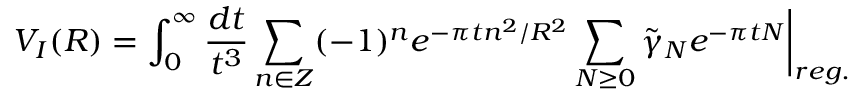
V _ { I } ( R ) = \int _ { 0 } ^ { \infty } \frac { d t } { t ^ { 3 } } \sum _ { n \in Z } ( - 1 ) ^ { n } e ^ { - \pi t n ^ { 2 } / R ^ { 2 } } \sum _ { N \geq 0 } \tilde { \gamma } _ { N } e ^ { - \pi t N } \bigg \vert _ { r e g . }